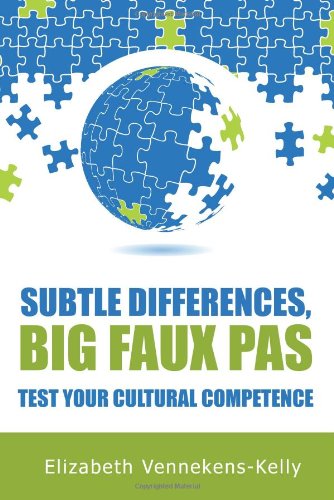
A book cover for Subtle Differences, Big Faux Pas - Test Your Cultural Competence; Elizabeth Vennekens-Kelly; Travel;